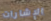
الإشارات